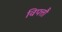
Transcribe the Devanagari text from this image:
विपत्तौ